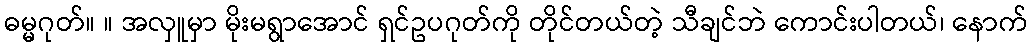
ဓမ္မဂုတ်။ ။ အလှူမှာ မိုးမရွာအောင် ရှင်ဥပဂုတ်ကို တိုင်တယ်တဲ့ သီချင်ဘဲ ကောင်းပါတယ်၊ နောက်